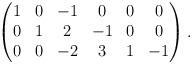
LaTeX: \begin{align*}\begin{pmatrix}1&0&-1&0&0&0\\0&1&2&-1&0&0\\0&0&-2&3&1&-1\end{pmatrix}.\end{align*}